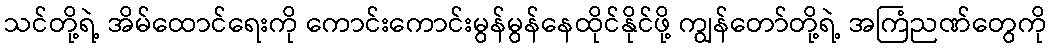
သင်တို့ရဲ့ အိမ်ထောင်ရေးကို ကောင်းကောင်းမွန်မွန်နေထိုင်နိုင်ဖို့ ကျွန်တော်တို့ရဲ့ အကြံညဏ်တွေကို